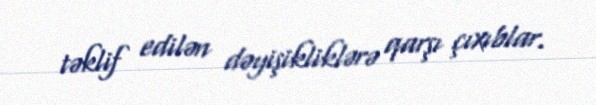
təklif edilən dəyişikliklərə qarşı çıxıblar.